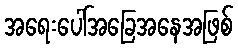
အရေးပေါ်အခြေအနေအဖြစ်